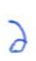
Text: a
Cross-out: clean
Writing tool: ballpoint